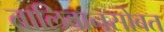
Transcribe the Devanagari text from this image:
तालिबानसोबत